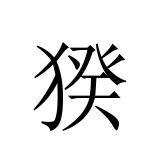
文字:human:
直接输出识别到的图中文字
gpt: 猤